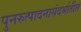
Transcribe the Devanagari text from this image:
पुनरुत्पादनासंदर्भातील